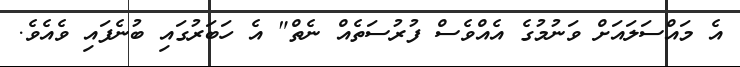
އެ މައްސަލައަށް ވަނުމުގެ އެއްވެސް ފުރުސަތެއް ނެތް" އެ ހަބަރުގައި ބުނެފައި ވެއެވެ.